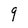
Character: q